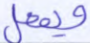
ويفعل